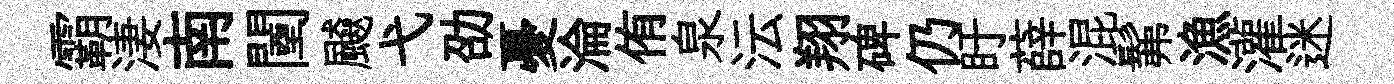
霸淒南闉飇弋劭憂淪侑泉沄翔碑仍盱薛混髴漁灌迷